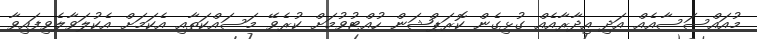
މުއައްސަސާއެއް އަދި އިދާރާއެއް ގުޅިގެން ކޮރަޕްޝަން ހުއްޓުވުމަށް ކުރެވޭ މަސައްކަތާއި އެކަމަށް އެކުލަވާލެވިފައިވާ